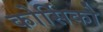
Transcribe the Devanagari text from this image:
कोर्सिको